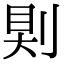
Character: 𠜹